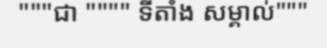
"""ជា """" ទីតាំង សម្គាល់"""